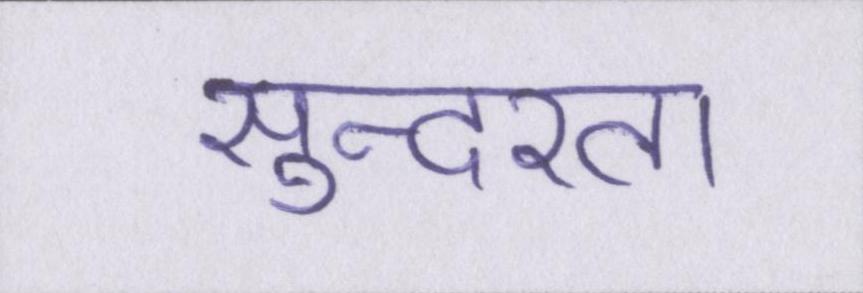
सुन्दरता